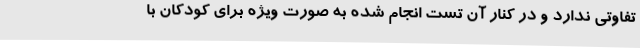
تفاوتی ندارد و در کنار آن تست انجام شده به صورت ویژه برای کودکان با